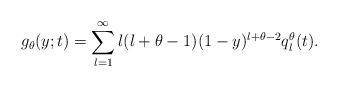
LaTeX: \begin{align*}g_\theta(y;t) = \sum_{l=1}^\infty l(l+\theta -1)(1-y)^{l+\theta-2}q_l^\theta(t).\end{align*}